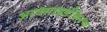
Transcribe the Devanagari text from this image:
आक्साइडीकरण